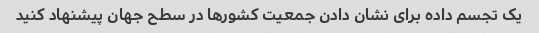
یک تجسم داده برای نشان دادن جمعیت کشورها در سطح جهان پیشنهاد کنید